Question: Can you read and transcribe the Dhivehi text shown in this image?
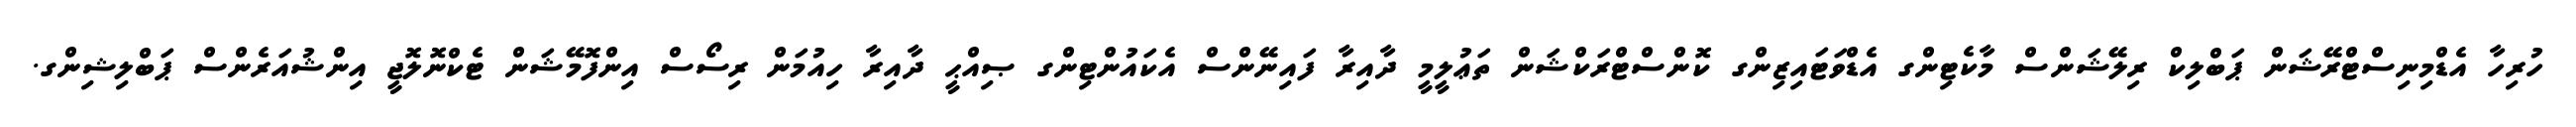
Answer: ހުރިހާ އެޑްމިނިސްޓްރޭޝަން ޕަބްލިކް ރިލޭޝަންސް މާކެޓިންގ އެޑްވަޓައިޒިންގ ކޮންސްޓްރަކްޝަން ތަޢުލީމީ ދާއިރާ ފައިނޭންސް އެކައުންޓިންގ ޞިއްޙީ ދާއިރާ ހިއުމަން ރިސޯސް އިންފޮމޭޝަން ޓެކްނޮލޮޖީ އިންޝުއަރެންސް ޕަބްލިޝިންގ.